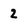
Character: 2